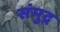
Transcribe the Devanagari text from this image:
संमुद्र